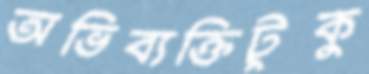
অভিব্যক্তিটুকু